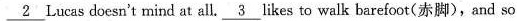
\underline{2} Lucas doesn't mind at all. \underline{3} likes to walk barefoot(赤脚),and so